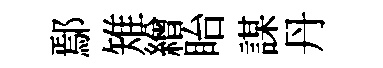
鄢雉繒眙謀丹